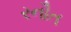
રનૌત